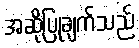
အဆိုပြုချက်သည်